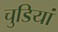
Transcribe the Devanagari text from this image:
चुडियां